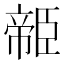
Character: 𦣭